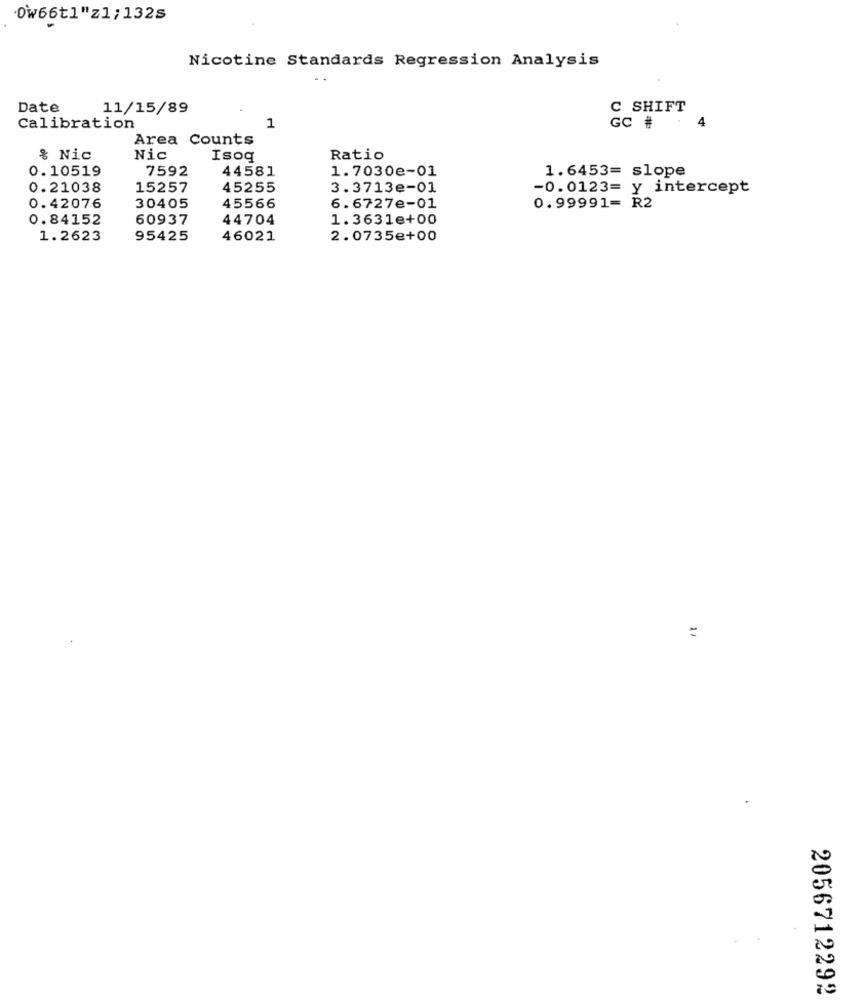
0w66tl"z1; 132s
Nicotine Standards Regression Analysis
Date
11/15/89
C SHIFT
4
Calibration
1
GC # .
Area Counts
% Nic
Nic
Isoq
Ratio
0.10519
7592
44581
1.7030e-01
1.6453= slope
0.21038
15257
45255
3.3713e-01
-0.0123= y intercept
0.42076
30405
45566
6.6727e-01
0.99991= R2
0.84152
60937
44704
1.3631e+00
1.2623
95425
46021
2.0735e+00
=
2056712292